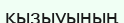
қызыуының